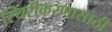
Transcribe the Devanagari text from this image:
स्थिरीकरणासाठी